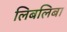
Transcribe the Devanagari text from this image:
लिबलिबा